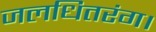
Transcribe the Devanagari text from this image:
जलधितरंग।